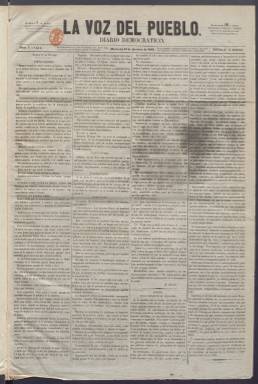
Título: La Voz del pueblo (Madrid. 1855)
Colección: Periódicos
Ámbito geográfico: Madrid
Lugar de publicación: Madrid
Fechas: 10/10/1855-20/01/1856